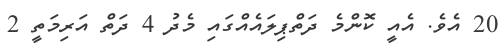
20 އެވެ. އެއީ ކޮންމެ ދަތްޕިލައެއްގައި މެދު 4 ދަތް އަރިމަތީ 2